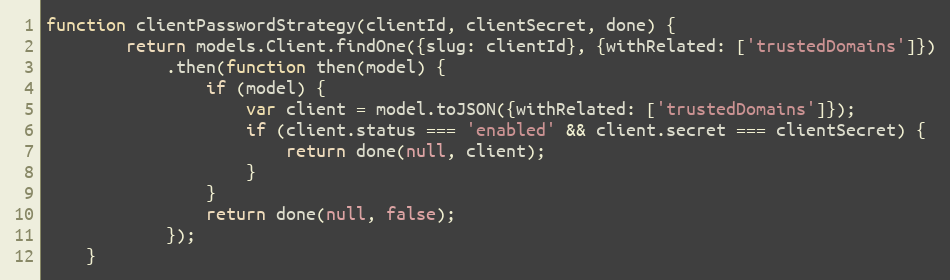
Language: JavaScript
function clientPasswordStrategy(clientId, clientSecret, done) {
        return models.Client.findOne({slug: clientId}, {withRelated: ['trustedDomains']})
            .then(function then(model) {
                if (model) {
                    var client = model.toJSON({withRelated: ['trustedDomains']});
                    if (client.status === 'enabled' && client.secret === clientSecret) {
                        return done(null, client);
                    }
                }
                return done(null, false);
            });
    }